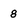
Character: 8